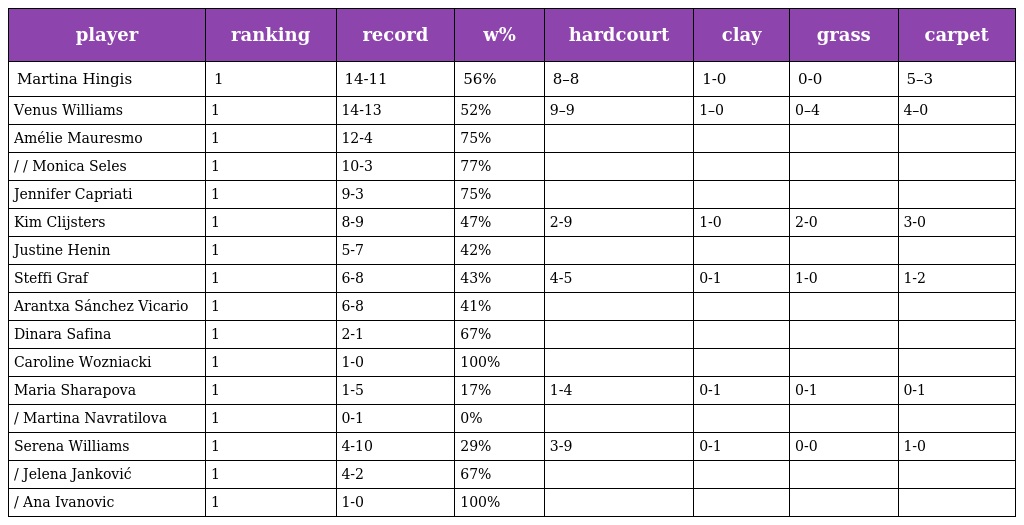
| player | ranking | record | w% | hardcourt | clay | grass | carpet |
 | --- | --- | --- | --- | --- | --- | --- | --- |
 | Martina Hingis | 1 | 14-11 | 56% | 8–8 | 1-0 | 0-0 | 5–3 |
 | Venus Williams | 1 | 14-13 | 52% | 9–9 | 1–0 | 0–4 | 4–0 |
 | Amélie Mauresmo | 1 | 12-4 | 75% |  |  |  |  |
 | / / Monica Seles | 1 | 10-3 | 77% |  |  |  |  |
 | Jennifer Capriati | 1 | 9-3 | 75% |  |  |  |  |
 | Kim Clijsters | 1 | 8-9 | 47% | 2-9 | 1-0 | 2-0 | 3-0 |
 | Justine Henin | 1 | 5-7 | 42% |  |  |  |  |
 | Steffi Graf | 1 | 6-8 | 43% | 4-5 | 0-1 | 1-0 | 1-2 |
 | Arantxa Sánchez Vicario | 1 | 6-8 | 41% |  |  |  |  |
 | Dinara Safina | 1 | 2-1 | 67% |  |  |  |  |
 | Caroline Wozniacki | 1 | 1-0 | 100% |  |  |  |  |
 | Maria Sharapova | 1 | 1-5 | 17% | 1-4 | 0-1 | 0-1 | 0-1 |
 | / Martina Navratilova | 1 | 0-1 | 0% |  |  |  |  |
 | Serena Williams | 1 | 4-10 | 29% | 3-9 | 0-1 | 0-0 | 1-0 |
 | / Jelena Janković | 1 | 4-2 | 67% |  |  |  |  |
 | / Ana Ivanovic | 1 | 1-0 | 100% |  |  |  |  |